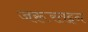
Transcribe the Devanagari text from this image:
जरूरतइन